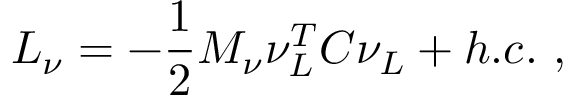
{ \cal L } _ { \nu } = - \frac { 1 } { 2 } M _ { \nu } \nu _ { L } ^ { T } C \nu _ { L } + h . c . \ ,